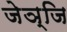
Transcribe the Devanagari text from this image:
जेञ्जि